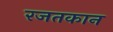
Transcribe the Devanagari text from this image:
रजतकान